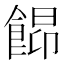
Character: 𩜟